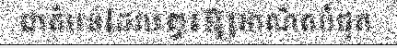
ជាតំបន់ដែលគួរឱ្យអាណិតបំផុត